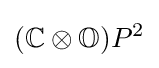
(\mathbb {C} \otimes \mathbb {O} )P^{2}